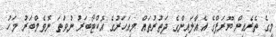
މީގެ ތެރެއިން ޔޫރަޕްގެ އެއާލައިންގެ ދަތުރުތައް މިއަހަރުގެ އޮކްޓޯބަރު ނުވަަތަ ނޮވެމްބަރު މަހު